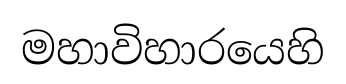
මහාවිහාරයෙහි